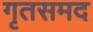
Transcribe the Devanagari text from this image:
गृतसमद